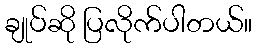
ချုပ်ဆို ပြလိုက်ပါတယ်။